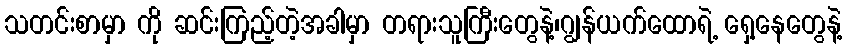
သတင်းစာမှာ ကို ဆင်းကြည့်တဲ့အခါမှာ တရားသူကြီးတွေနဲ့၊ဂျွန်ယက်ထောရဲ့ ရှေ့နေတွေနဲ့